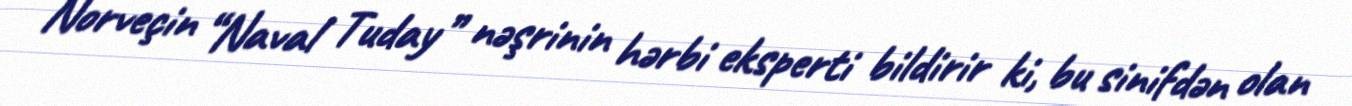
Norveçin “Naval Tuday” nəşrinin hərbi eksperti bildirir ki, bu sinifdən olan